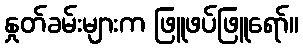
နှုတ်ခမ်းများက ဖြူဖပ်ဖြူရော်။